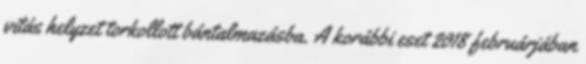
vitás helyzet torkollott bántalmazásba. A korábbi eset 2018 februárjában